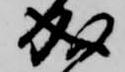
成